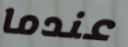
عندما